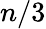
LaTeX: n/3